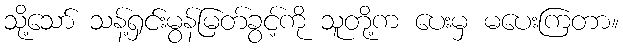
သို့သော် သန့်ရှင်းမွန်မြတ်ခွင့်ကို သူတို့က ပေးမှ မပေးကြတာ။